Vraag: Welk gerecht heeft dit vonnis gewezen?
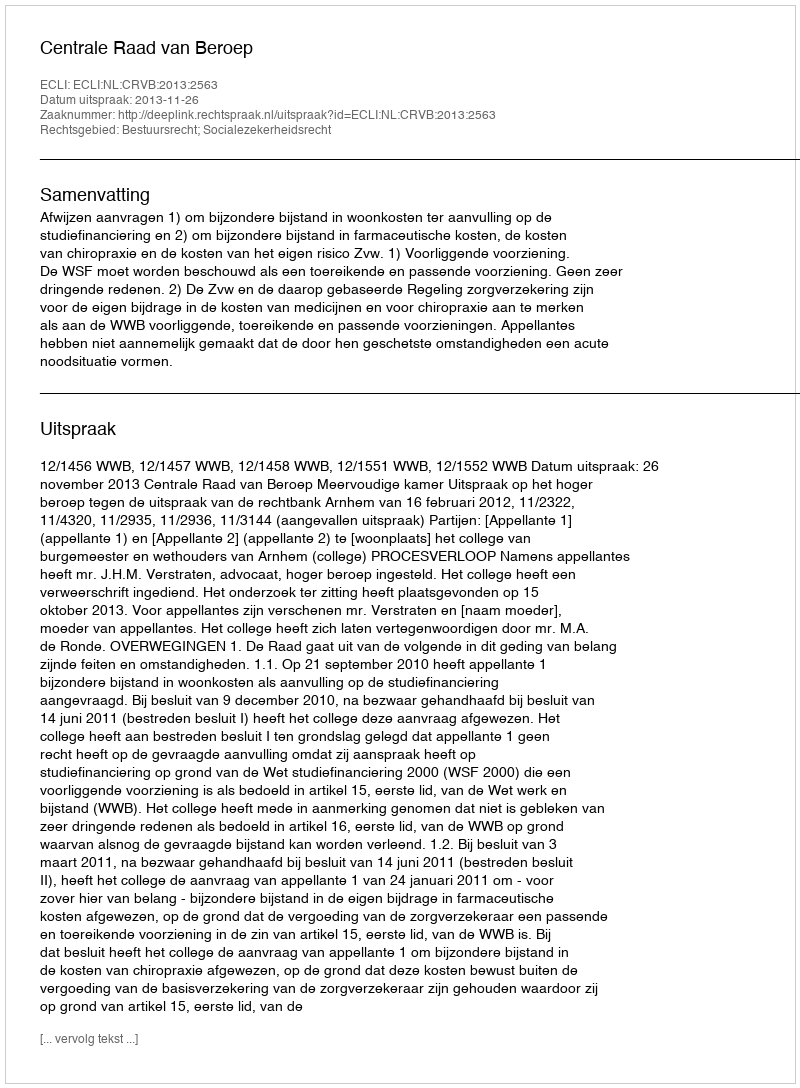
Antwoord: Centrale Raad van Beroep